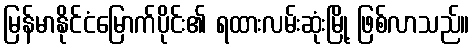
မြန်မာနိုင်ငံမြောက်ပိုင်း၏ ရထားလမ်းဆုံးမြို့ ဖြစ်လာသည်။